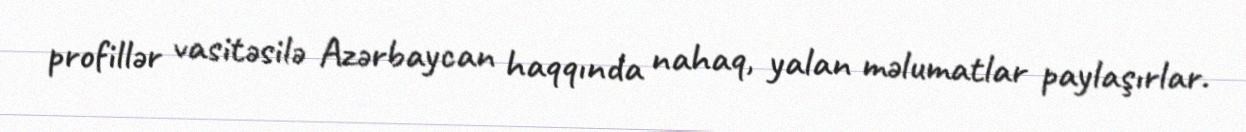
profillər vasitəsilə Azərbaycan haqqında nahaq, yalan məlumatlar paylaşırlar.